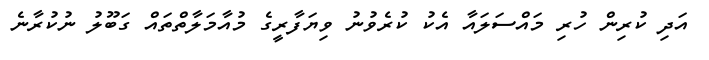
އަދި ކުރިން ހުރި މައްސަލައާ އެކު ކުރެވުނު ވިޔަފާރީގެ މުއާމަލާތްތައް ގަބޫލު ނުކުރާނެ